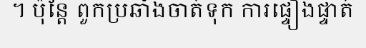
។ ប៉ុន្តែ ពួកប្រឆាំងចាត់ទុក ការផ្ទៀងផ្ទាត់